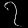
Digit: ၇